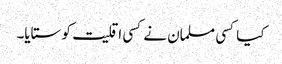
کیا کسی مسلمان نے کسی اقلیت کو ستایا۔